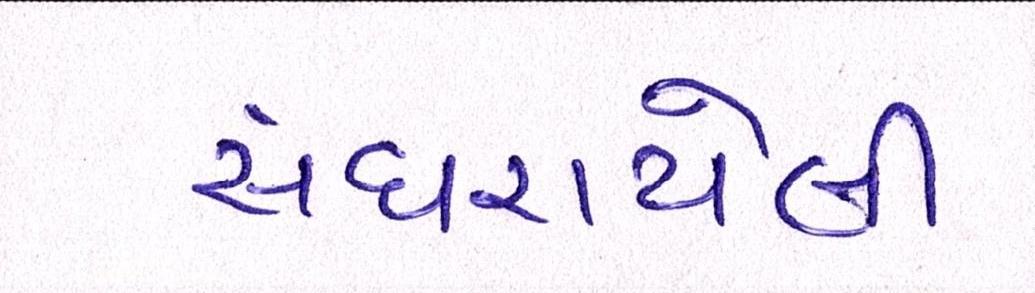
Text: સંઘરાયેલી